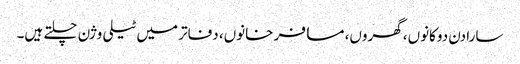
سارا دن دوکانوں، گھروں، مسافر خانوں، دفاتر میں ٹیلی وژن چلتے ہیں۔